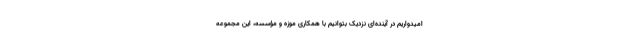
امیدواریم در آینده‌ای نزدیک بتوانیم با همکاری موزه و مؤسسه، این مجموعه